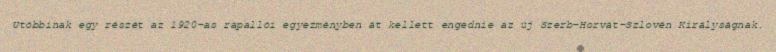
Utóbbinak egy részét az 1920-as rapallói egyezményben át kellett engednie az új Szerb–Horvát–Szlovén Királyságnak.